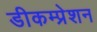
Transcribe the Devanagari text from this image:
डीकम्प्रेशन